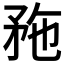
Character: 𥍢